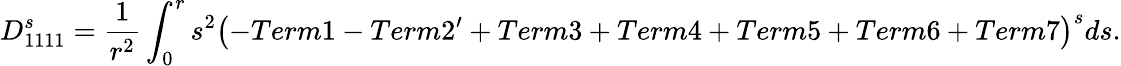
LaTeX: D_{1111}^{s}=\frac{1}{r^{2}}\int_{0}^{r}s^{2}\left(-Term1-Term2^{\prime}+Term3+Term4+Term5+Term6+Term7\right)^{s}ds.